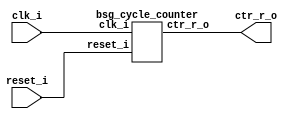


module top
(
  clk_i,
  reset_i,
  ctr_r_o
);

  output [15:0] ctr_r_o;
  input clk_i;
  input reset_i;

  bsg_cycle_counter
  wrapper
  (
    .ctr_r_o(ctr_r_o),
    .clk_i(clk_i),
    .reset_i(reset_i)
  );


endmodule



module bsg_cycle_counter
(
  clk_i,
  reset_i,
  ctr_r_o
);

  output [15:0] ctr_r_o;
  input clk_i;
  input reset_i;
  wire [15:0] ctr_r_o;
  wire N0,N1,N2,N3,N4,N5,N6,N7,N8,N9,N10,N11,N12,N13,N14,N15,N16;
  reg ctr_r_o_15_sv2v_reg,ctr_r_o_14_sv2v_reg,ctr_r_o_13_sv2v_reg,ctr_r_o_12_sv2v_reg,
  ctr_r_o_11_sv2v_reg,ctr_r_o_10_sv2v_reg,ctr_r_o_9_sv2v_reg,ctr_r_o_8_sv2v_reg,
  ctr_r_o_7_sv2v_reg,ctr_r_o_6_sv2v_reg,ctr_r_o_5_sv2v_reg,ctr_r_o_4_sv2v_reg,
  ctr_r_o_3_sv2v_reg,ctr_r_o_2_sv2v_reg,ctr_r_o_1_sv2v_reg,ctr_r_o_0_sv2v_reg;
  assign ctr_r_o[15] = ctr_r_o_15_sv2v_reg;
  assign ctr_r_o[14] = ctr_r_o_14_sv2v_reg;
  assign ctr_r_o[13] = ctr_r_o_13_sv2v_reg;
  assign ctr_r_o[12] = ctr_r_o_12_sv2v_reg;
  assign ctr_r_o[11] = ctr_r_o_11_sv2v_reg;
  assign ctr_r_o[10] = ctr_r_o_10_sv2v_reg;
  assign ctr_r_o[9] = ctr_r_o_9_sv2v_reg;
  assign ctr_r_o[8] = ctr_r_o_8_sv2v_reg;
  assign ctr_r_o[7] = ctr_r_o_7_sv2v_reg;
  assign ctr_r_o[6] = ctr_r_o_6_sv2v_reg;
  assign ctr_r_o[5] = ctr_r_o_5_sv2v_reg;
  assign ctr_r_o[4] = ctr_r_o_4_sv2v_reg;
  assign ctr_r_o[3] = ctr_r_o_3_sv2v_reg;
  assign ctr_r_o[2] = ctr_r_o_2_sv2v_reg;
  assign ctr_r_o[1] = ctr_r_o_1_sv2v_reg;
  assign ctr_r_o[0] = ctr_r_o_0_sv2v_reg;
  assign { N16, N15, N14, N13, N12, N11, N10, N9, N8, N7, N6, N5, N4, N3, N2, N1 } = ctr_r_o + 1'b1;
  assign N0 = ~reset_i;

  always @(posedge clk_i) begin
    if(reset_i) begin
      ctr_r_o_15_sv2v_reg <= 1'b0;
      ctr_r_o_14_sv2v_reg <= 1'b0;
      ctr_r_o_13_sv2v_reg <= 1'b0;
      ctr_r_o_12_sv2v_reg <= 1'b0;
      ctr_r_o_11_sv2v_reg <= 1'b0;
      ctr_r_o_10_sv2v_reg <= 1'b0;
      ctr_r_o_9_sv2v_reg <= 1'b0;
      ctr_r_o_8_sv2v_reg <= 1'b0;
      ctr_r_o_7_sv2v_reg <= 1'b0;
      ctr_r_o_6_sv2v_reg <= 1'b0;
      ctr_r_o_5_sv2v_reg <= 1'b0;
      ctr_r_o_4_sv2v_reg <= 1'b0;
      ctr_r_o_3_sv2v_reg <= 1'b0;
      ctr_r_o_2_sv2v_reg <= 1'b0;
      ctr_r_o_1_sv2v_reg <= 1'b0;
      ctr_r_o_0_sv2v_reg <= 1'b0;
    end else if(1'b1) begin
      ctr_r_o_15_sv2v_reg <= N16;
      ctr_r_o_14_sv2v_reg <= N15;
      ctr_r_o_13_sv2v_reg <= N14;
      ctr_r_o_12_sv2v_reg <= N13;
      ctr_r_o_11_sv2v_reg <= N12;
      ctr_r_o_10_sv2v_reg <= N11;
      ctr_r_o_9_sv2v_reg <= N10;
      ctr_r_o_8_sv2v_reg <= N9;
      ctr_r_o_7_sv2v_reg <= N8;
      ctr_r_o_6_sv2v_reg <= N7;
      ctr_r_o_5_sv2v_reg <= N6;
      ctr_r_o_4_sv2v_reg <= N5;
      ctr_r_o_3_sv2v_reg <= N4;
      ctr_r_o_2_sv2v_reg <= N3;
      ctr_r_o_1_sv2v_reg <= N2;
      ctr_r_o_0_sv2v_reg <= N1;
    end 
  end


endmodule